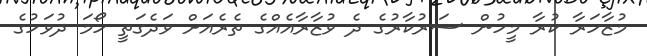
މުޒާހަރާ ކުރާ މީހުން ސަރުކާރުގެ ދެ ވުޒާރާއެއްގެ ތެރެއަށް ވަދެގަތީ ހޯމަ ދުވަހުގެ